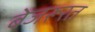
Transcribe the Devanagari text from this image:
बेजरूरत